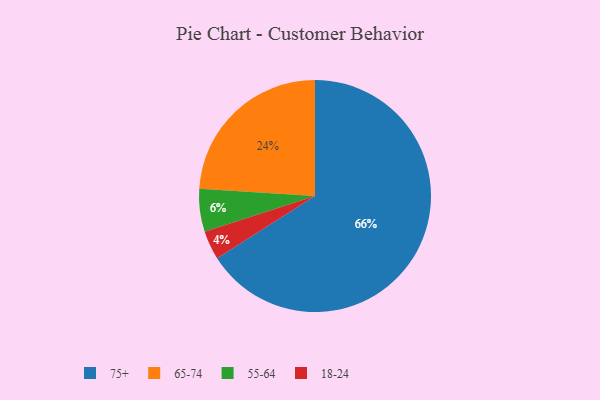
{"axis": {"x": "Category", "y": "Percentage"}, "legend": ["18-24", "55-64", "65-74", "75+"], "data": [{"x": "18-24", "y": 4, "type": "18-24"}, {"x": "65-74", "y": 24, "type": "65-74"}, {"x": "75+", "y": 66, "type": "75+"}, {"x": "55-64", "y": 6, "type": "55-64"}]}